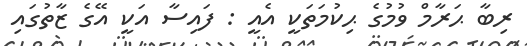
ރިބާ ޙަރާމް ވުމުގެ ޙިކުމަތަކީ އެއީ : ފައިސާ އަކީ އޭގެ ޒާތުގައި